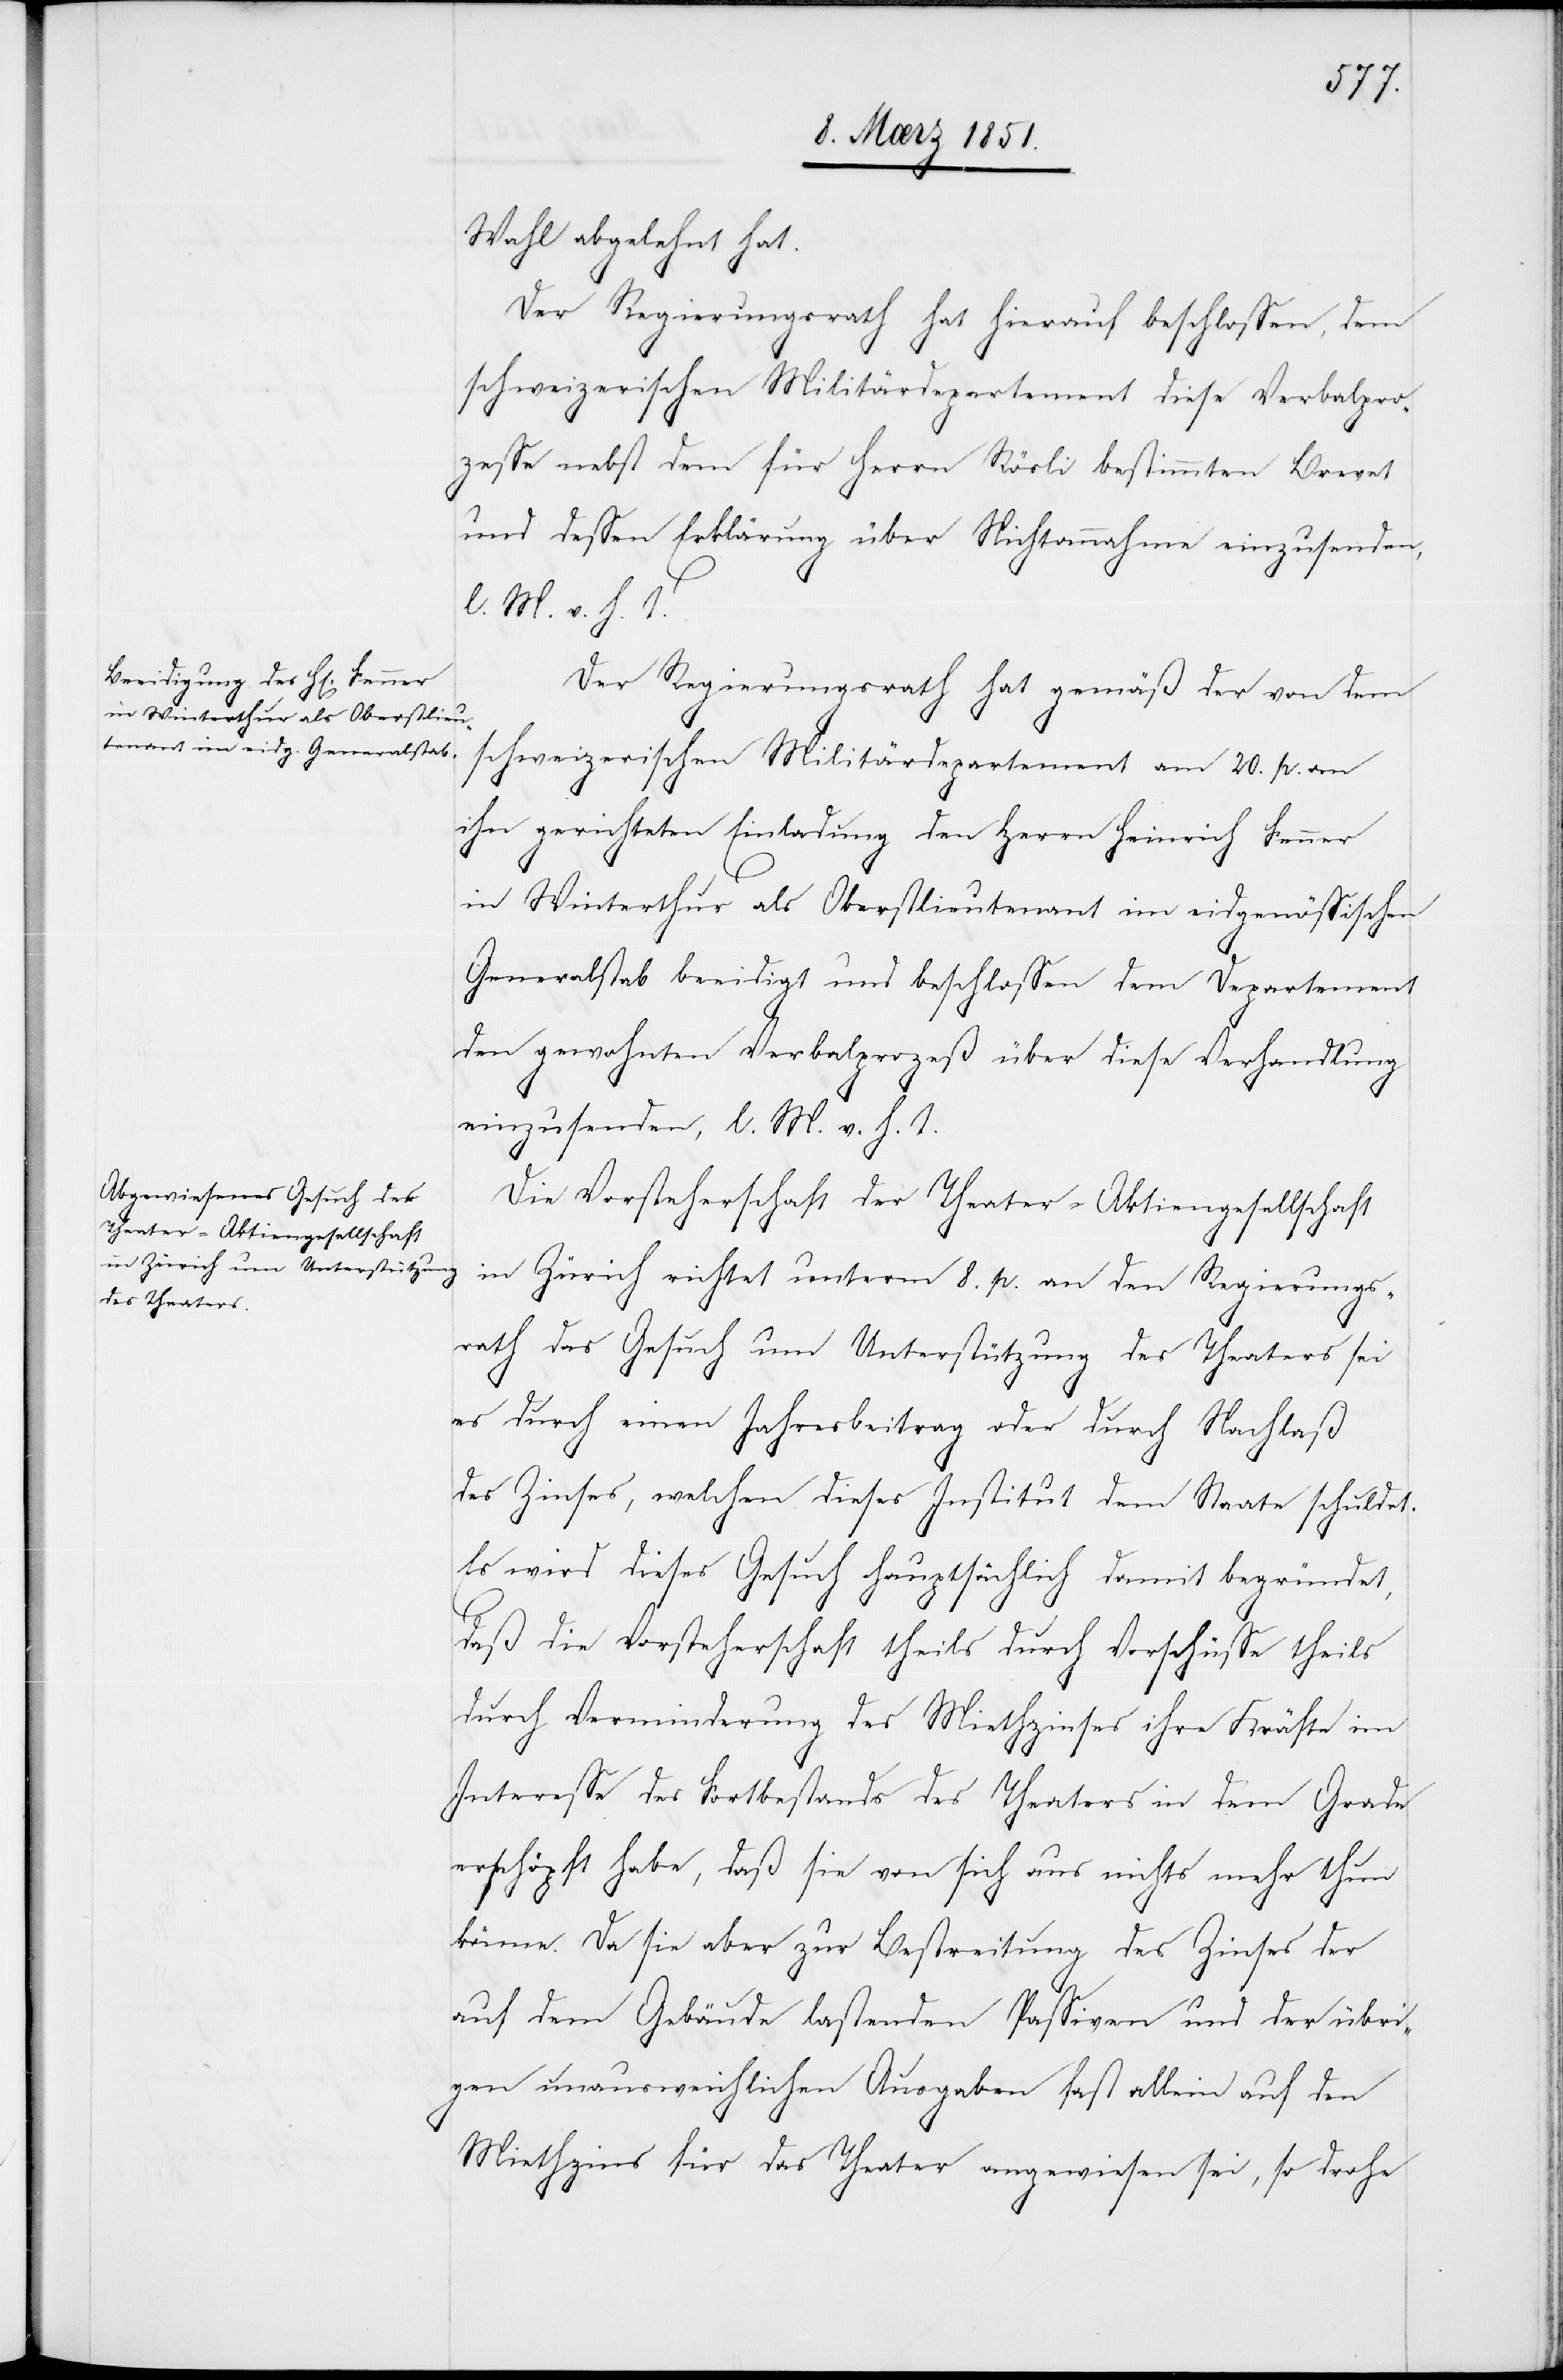
Wahl abgelehnt hat.
Der Regierungsrath hat hierauf beschlossen, dem
schweizerischen Militärdepartement diese Verbalpro¬
zesse nebst dem für Herrn Rösli bestimmten Brevet
und dessen Erklärung über Nichtannahme einzusenden,
l. M. v. h. T.
Der Regierungsrath hat gemäß der von dem
schweizerischen Militärdepartement am 20. p. an
ihn gerichteten Einladung den Herrn Heinrich Fenner
in Winterthur als Oberstlieutenant im eidgenössischen
Generalstab beeidigt und beschlossen dem Departement
den gewohnten Verbalprozeß über diese Verhandlung
einzusenden, l. M. v. h. T.
Die Vorsteherschaft der Theater-Aktiengesellschaft
in Zürich richtet unterm 8. p. an den Regierungs¬
rath das Gesuch um Unterstützung des Theaters sei
es durch einen Jahresbeitrag oder durch Nachlaß
des Zinses, welchen dieses Institut dem Staate schuldet.
Es wird dieses Gesuch hauptsächlich damit begründet,
daß die Vorsteherschaft theils durch Vorschüsse theils
durch Verminderung des Miethzinses ihre Kräfte im
Interesse des Fortbestands des Theaters in dem Grade
erschöpft habe, daß sie von sich aus nichts mehr thun
könne. Da sie aber zur Bestreitung des Zinses der
auf dem Gebäude lastenden Passiven und der übri¬
gen unausweichlichen Ausgaben fast allein auf den
Miethzins für das Theater angewiesen sei, so drohe